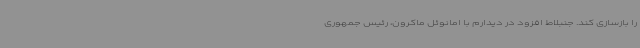
را بازسازی کند. جنبلاط افزود در دیدارم با امانوئل ماکرون، رئیس جمهوری